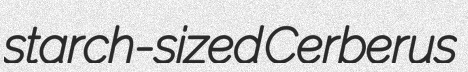
starch-sized Cerberus